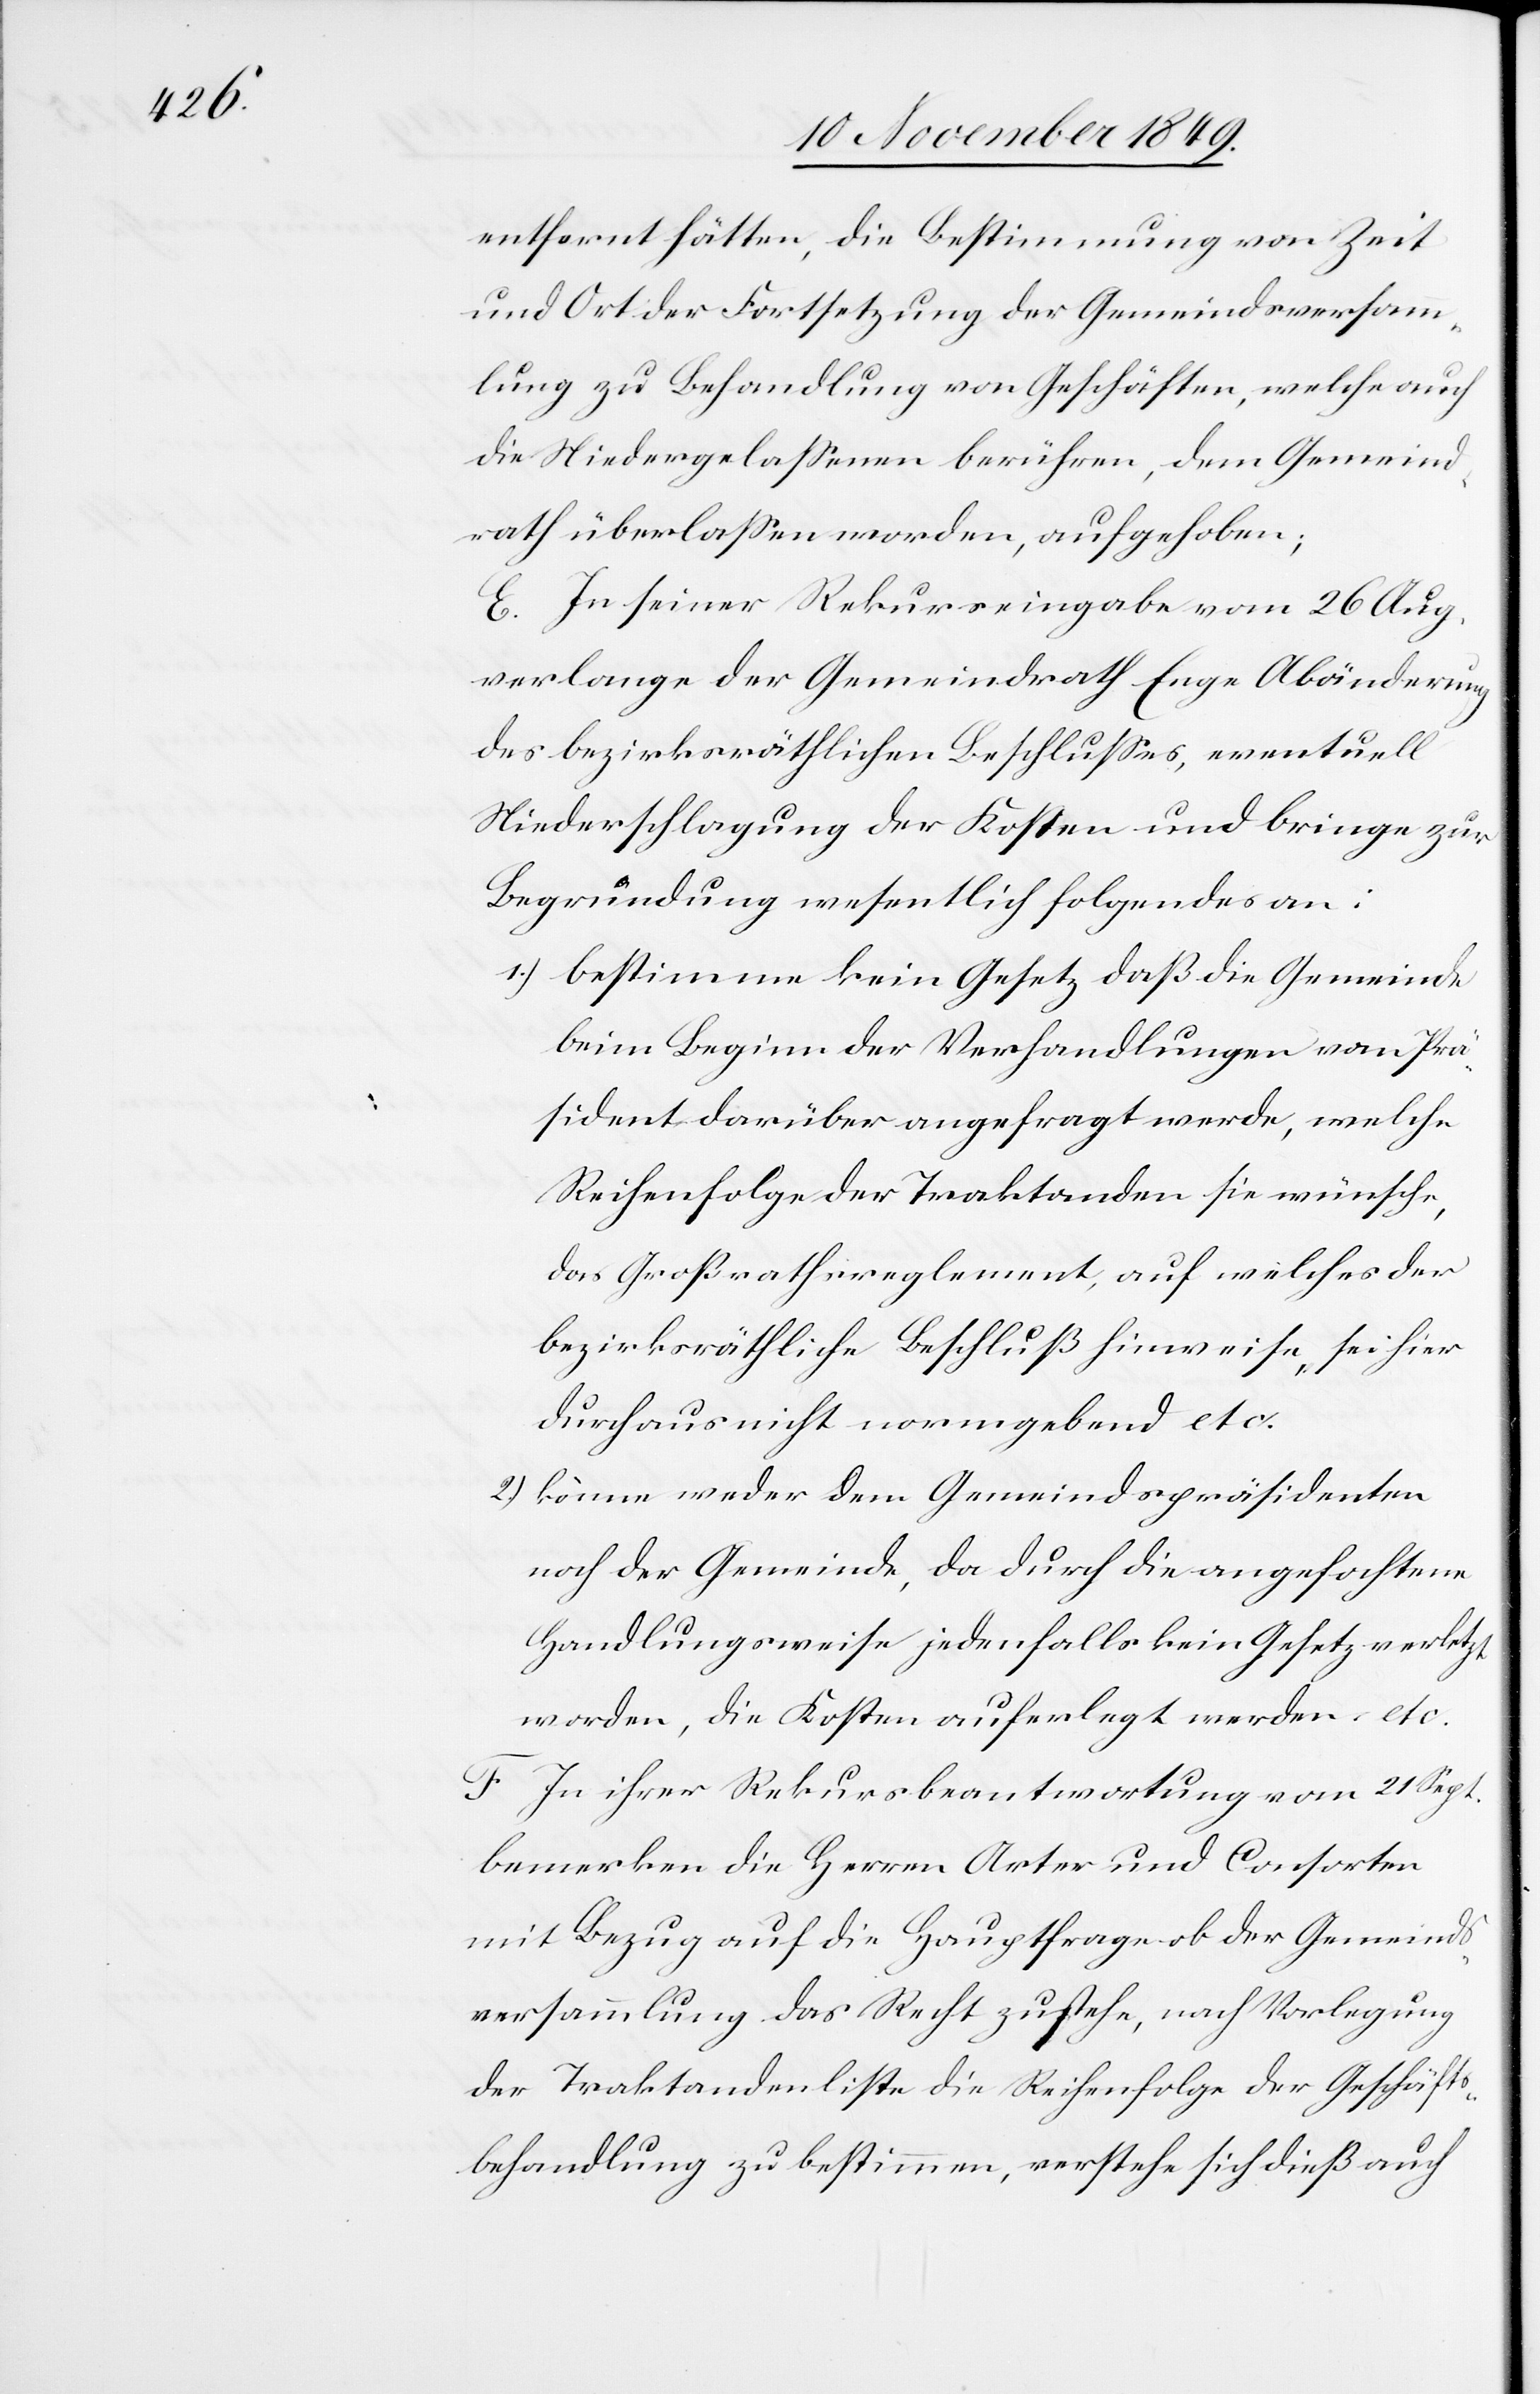
entfernt hätten, die Bestimmung von Zeit
und Ort der Fortsetzung der Gemeindsversamm¬
lung zu Behandlung von Geschäften, welche auch
die Niedergelaßenen berühren, dem Gemeind¬
rath überlaßen worden, aufgehoben;
E. In seiner Rekurseingabe vom 26 Aug.
verlange der Gemeindrath Enge Abänderung
des bezirksräthlichen Beschlußes, eventuell
Niederschlagung der Kosten und bringe zur
Begründung wesentlich folgendes an:
1.) bestimme kein Gesetz daß die Gemeinde
beim Beginn der Verhandlungen vom Prä¬
sident darüber angefragt werde, welche
Reihenfolge der Traktanden sie wünsche,
das Großrathsreglement, auf welches der
bezirksräthliche Beschluß hinweise, sei hier
durchaus nicht normgebend etc.
2.) könne weder dem Gemeindspräsidenten
noch der Gemeinde, da durch die angefochtene
Handlungsweise jedenfalls kein Gesetz verletzt
worden, die Kosten auferlegt werden etc.
F. In ihrer Rekursbeantwortung vom 21 Sept.
bemerken die Herrn Arter und Consorten
mit Bezug auf die Hauptfrage ob der Gemeinds¬
versammlung das Recht zustehe, nach Vorlegung
der Traktandenliste die Reihenfolge der Geschäfts¬
behandlung zu bestimmen, verstehe sich dieß auch